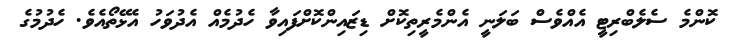
ކޮންމެ ސެލެބްރިޓީ އެއްވެސް ބަލަނީ އެންމެރީތިކޮށް ޑިޒައިންކޮށްފައިވާ ހެދުމެއް އެދުވަހު އެޅޭތޯއެވެ. ހެދުމުގެ